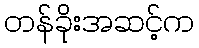
တန်ခိုးအဆင့်က